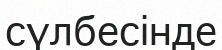
сүлбесінде